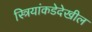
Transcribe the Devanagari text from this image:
स्त्रियांकडेदेखील